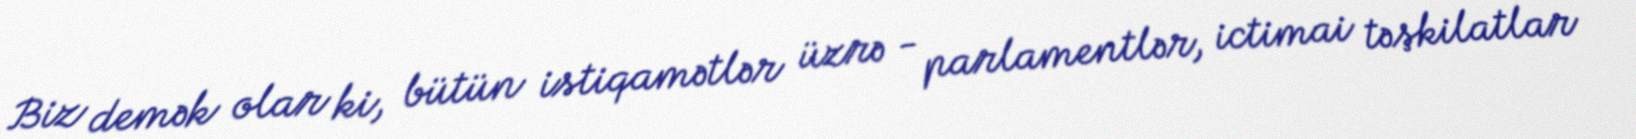
Biz demək olar ki, bütün istiqamətlər üzrə - parlamentlər, ictimai təşkilatlar